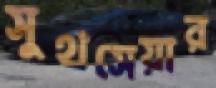
সুথসেয়ার